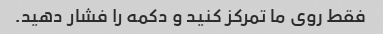
فقط روی ما تمرکز کنید و دکمه را فشار دهید.